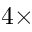
4 \times